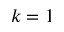
k = 1